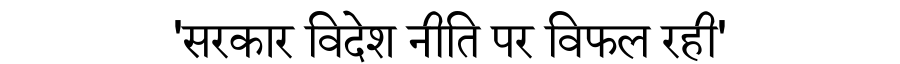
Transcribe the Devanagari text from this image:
'सरकार विदेश नीति पर विफल रही'